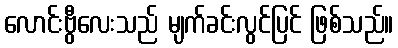
လောင်းဗွီလေးသည် မျက်ခင်းလွင်ပြင် ဖြစ်သည်။